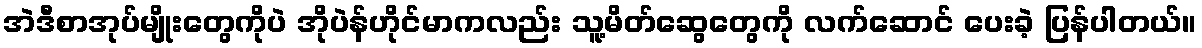
အဲဒီစာအုပ်မျိုးတွေကိုပဲ အိုပဲန်ဟိုင်မာကလည်း သူ့မိတ်ဆွေတွေကို လက်ဆောင် ပေးခဲ့ ပြန်ပါတယ်။